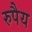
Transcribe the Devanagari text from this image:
रुपैय